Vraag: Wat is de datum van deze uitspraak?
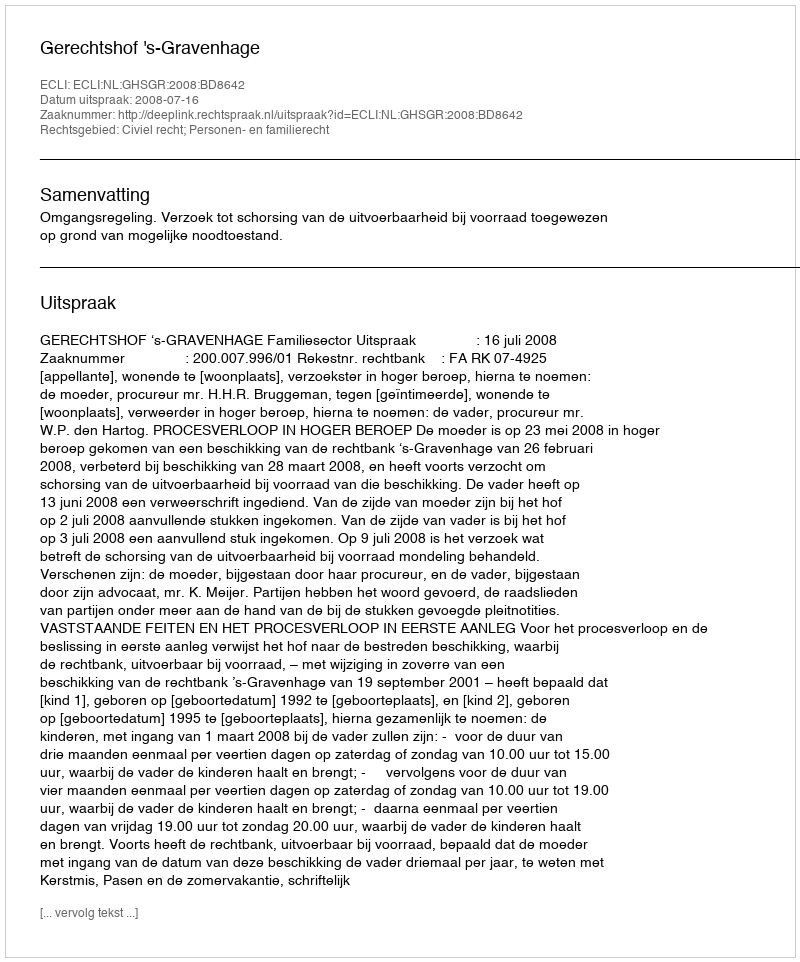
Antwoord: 2008-07-16